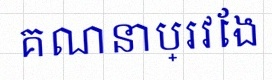
គណនាប្រវែង